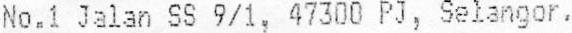
NO.1 JALAN SS 9/1, 47300 PJ, SELANGOR,